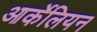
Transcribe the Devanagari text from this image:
आर्केलियन